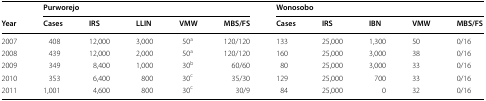
|  | <COLSPAN=5> Purworejo | <COLSPAN=5> Wonosobo |
 | Year | Cases | IRS | LLIN | VMW | MBS/FS | Cases | IRS | IBN | VMW | MBS/FS |
 | --- | --- | --- | --- | --- | --- | --- | --- | --- | --- | --- |
 | 2007 | 408 | 12,000 | 3,000 | 50a | 120/120 | 133 | 25,000 | 1,300 | 50 | 0/16 |
 | 2008 | 439 | 12,000 | 2,000 | 50a | 120/120 | 160 | 25,000 | 3,000 | 38 | 0/16 |
 | 2009 | 349 | 8,400 | 1,000 | 30b | 60/60 | 80 | 25,000 | 3,000 | 33 | 0/16 |
 | 2010 | 353 | 6,400 | 800 | 30c | 35/30 | 129 | 25,000 | 700 | 33 | 0/16 |
 | 2011 | 1,001 | 4,600 | 800 | 30c | 30/9 | 84 | 25,000 | 0 | 32 | 0/16 |